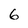
Character: 6